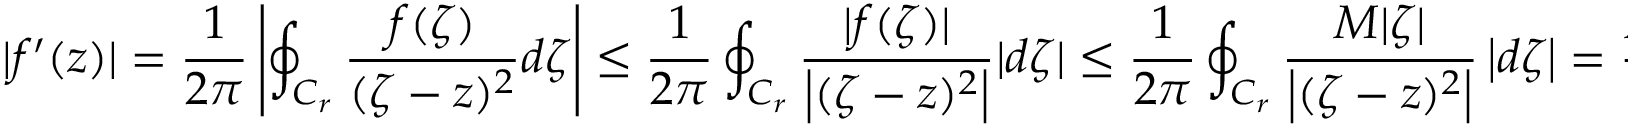
| f ^ { \prime } ( z ) | = { \frac { 1 } { 2 \pi } } \left| \oint _ { C _ { r } } { \frac { f ( \zeta ) } { ( \zeta - z ) ^ { 2 } } } d \zeta \right| \leq { \frac { 1 } { 2 \pi } } \oint _ { C _ { r } } { \frac { | f ( \zeta ) | } { \left| ( \zeta - z ) ^ { 2 } \right| } } | d \zeta | \leq { \frac { 1 } { 2 \pi } } \oint _ { C _ { r } } { \frac { M | \zeta | } { \left| ( \zeta - z ) ^ { 2 } \right| } } \left| d \zeta \right| = { \frac { M I } { 2 \pi } }